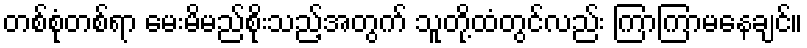
တစ်စုံတစ်ရာ မေးမိမည်စိုးသည့်အတွက် သူတို့ထံတွင်လည်း ကြာကြာမနေချင်။